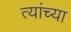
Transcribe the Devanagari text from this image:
त्यांच्या